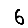
Digit: 6